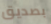
بصديق